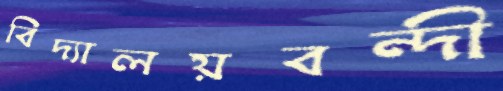
বিদ্যালয়বন্দী